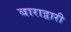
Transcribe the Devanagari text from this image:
बाराद्वारी